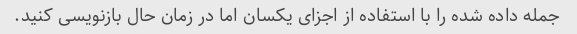
جمله داده شده را با استفاده از اجزای یکسان اما در زمان حال بازنویسی کنید.